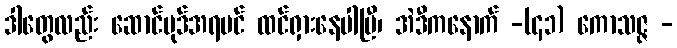
ဒါတွေလည်း ဆောင်ပုဒ်အရပင် ထင်ရှားနေပါပြီ၊ အဲဒီကနောက် -(၄၁) ကောသဇ္ဇ -